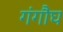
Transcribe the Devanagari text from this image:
गंगौघ